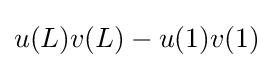
u(L)v(L)-u(1)v(1)